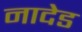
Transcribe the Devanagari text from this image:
नादेड